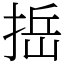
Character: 捳